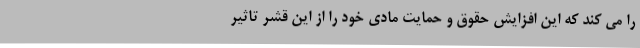
را می کند که این افزایش حقوق و حمایت مادی خود را از این قشر تاثیر